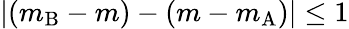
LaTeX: |(m_{\mathrm{B}}-m)-(m-m_{\mathrm{A}})|\leq 1